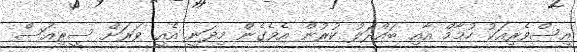
އިސްވެރިއަކު ހުމާމް އާއި ބައްދަލު ކުރުން އެވެގެން މިދަނީ އެއީ ވަރަށް ސީރިއަސް